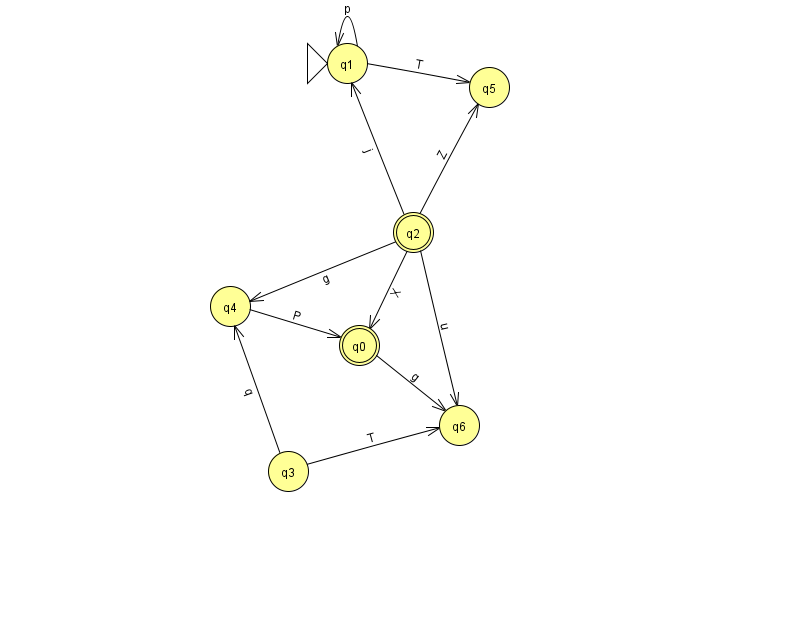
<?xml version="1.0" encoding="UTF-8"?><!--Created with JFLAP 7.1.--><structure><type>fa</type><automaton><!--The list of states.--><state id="0" name="q0"><x>359.0</x><y>332.0</y><final/></state><state id="1" name="q1"><x>347.0</x><y>50.0</y><initial/></state><state id="2" name="q2"><x>413.0</x><y>219.0</y><final/></state><state id="3" name="q3"><x>288.0</x><y>458.0</y></state><state id="4" name="q4"><x>230.0</x><y>293.0</y></state><state id="5" name="q5"><x>489.0</x><y>74.0</y></state><state id="6" name="q6"><x>459.0</x><y>412.0</y></state><!--The list of transitions.--><transition><from>1</from><to>1</to><read>p</read></transition><transition><from>1</from><to>5</to><read>T</read></transition><transition><from>2</from><to>6</to><read>u</read></transition><transition><from>4</from><to>0</to><read>P</read></transition><transition><from>2</from><to>0</to><read>X</read></transition><transition><from>3</from><to>4</to><read>q</read></transition><transition><from>2</from><to>1</to><read>j</read></transition><transition><from>2</from><to>4</to><read>g</read></transition><transition><from>3</from><to>6</to><read>T</read></transition><transition><from>2</from><to>5</to><read>Z</read></transition><transition><from>0</from><to>6</to><read>g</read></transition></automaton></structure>